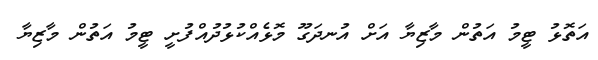
އަތޮޅު ޓީމު އަތުން މާޒިޔާ އަށް އުނދަގޫ މޮޅެއްކުޅުދުއްފުށީ ޓީމު އަތުން މާޒިޔާ